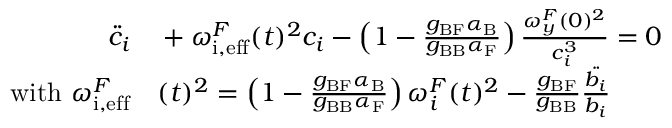
\begin{array} { r l } { \ddot { c } _ { i } } & { { } + { { \omega _ { \mathrm { i , e f f } } ^ { F } } } ( t ) ^ { 2 } c _ { i } - \left( 1 - \frac { g _ { \mathrm { B F } } \alpha _ { \mathrm { B } } } { g _ { \mathrm { B B } } \alpha _ { \mathrm { F } } } \right) \frac { { \omega _ { y } ^ { F } } ( 0 ) ^ { 2 } } { c _ { i } ^ { 3 } } = 0 } \\ { { \mathrm { w i t h ~ } { \omega _ { \mathrm { i , e f f } } ^ { F } } } } & { { } ( t ) ^ { 2 } = \left( 1 - \frac { g _ { \mathrm { B F } } \alpha _ { \mathrm { B } } } { g _ { \mathrm { B B } } \alpha _ { \mathrm { F } } } \right) { \omega _ { i } ^ { F } } ( t ) ^ { 2 } - \frac { g _ { \mathrm { B F } } } { g _ { \mathrm { B B } } } \frac { \ddot { b _ { i } } } { b _ { i } } } \end{array}